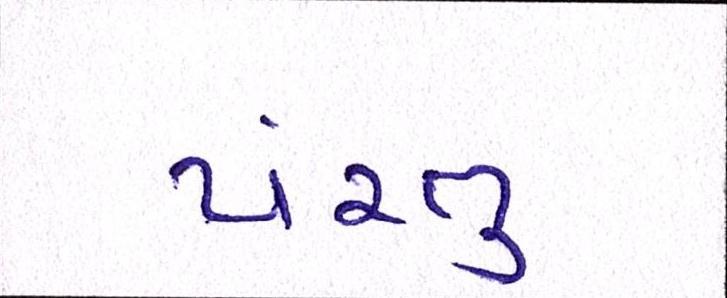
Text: પંરતુ